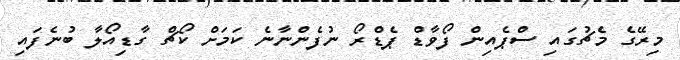
މިރޭގެ މެޗުގައި ސްޕެއިން ފޯވާޑް ޕެޑްރޯ ނުފެންނާނެ ކަމަށް ކޯޗް ގާޑިއޯލާ ބުނެފައި